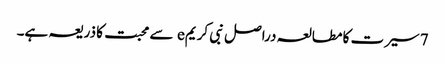
7 سیرت کا مطالعہ دراصل نبی کریمe سے محبت کا ذریعہ ہے۔